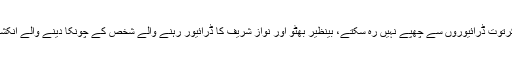
لوگ ساری دنیا سے اپنے راز چھپا سکتے ہیں مگر ان کے کرتوت ڈرائیوروں سے چھپے نہیں رہ سکتے، بینظیر بھٹو اور نواز شریف کا ڈرائیور رہنے والے شخص کے چونکا دینے والے انکشافات، سینئر صحافی جاوید چوہدری سے اسکی کیا بات ہوئی؟